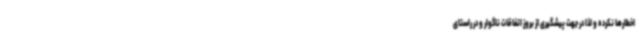
اخطارها نکرده و لذا در جهت پیشگیری از بروز اتفاقات ناگوار و در راستای